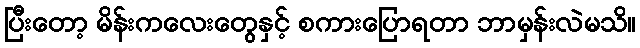
ပြီးတော့ မိန်းကလေးတွေနှင့် စကားပြောရတာ ဘာမှန်းလဲမသိ။